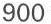
900